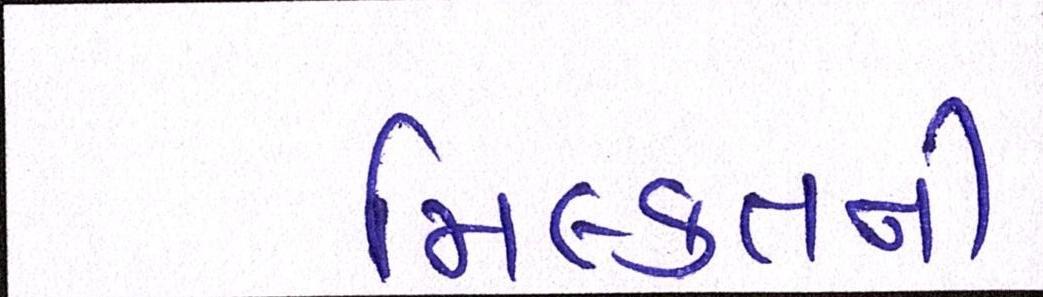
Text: મિલ્કતની